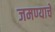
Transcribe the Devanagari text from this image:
जमण्याचे